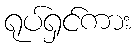
ရုပ်ရှင်ကား